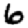
Digit: 6